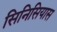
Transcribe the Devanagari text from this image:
सिनिसियास